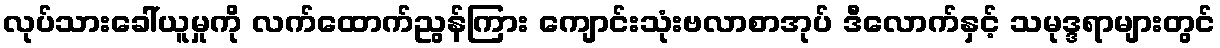
လုပ်သားခေါ်ယူမှုကို လက်ထောက်ညွန်ကြား ကျောင်းသုံးဗလာစာအုပ် ဒီလောက်နှင့် သမုဒ္ဒရာများတွင်